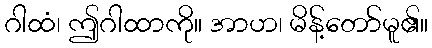
ဂါထံ၊ ဤဂါထာကို။ အာဟ၊ မိန့်တော်မူ၏။